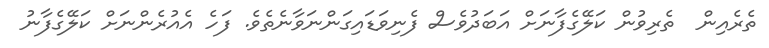
ތެރެއިން  ތެރިވުން ކަލޭގެފާނަށް އަބަދުވެސް ފެނިވަޑައިގަންނަވާނެތެވެ. ފަހެ އެއުރެންނަށް ކަލޭގެފާނު